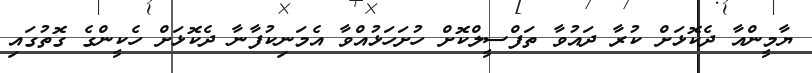
ޔާމީންއާ ދެކޮޅަށް ކުރާ ދައުވާ ތަފްސީލްކޮށް ހުށަހަޅުއްވާ އެމަނިކުފާނާ ދެކޮޅަށް ހެކީންގެ ގޮތުގައި